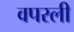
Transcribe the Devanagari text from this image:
वपरली